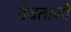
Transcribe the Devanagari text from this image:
देवताजी